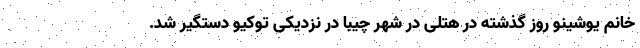
خانم یوشینو روز گذشته در هتلی در شهر چیبا در نزدیکی توکیو دستگیر شد.